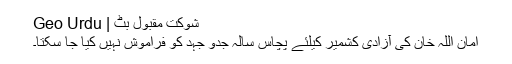
شوکت مقبول بٹ | Geo Urdu
امان اللہ خان کی آزادی کشمیر کیلئے پچاس سالہ جدو جہد کو فراموش نہیں کیا جا سکتا۔